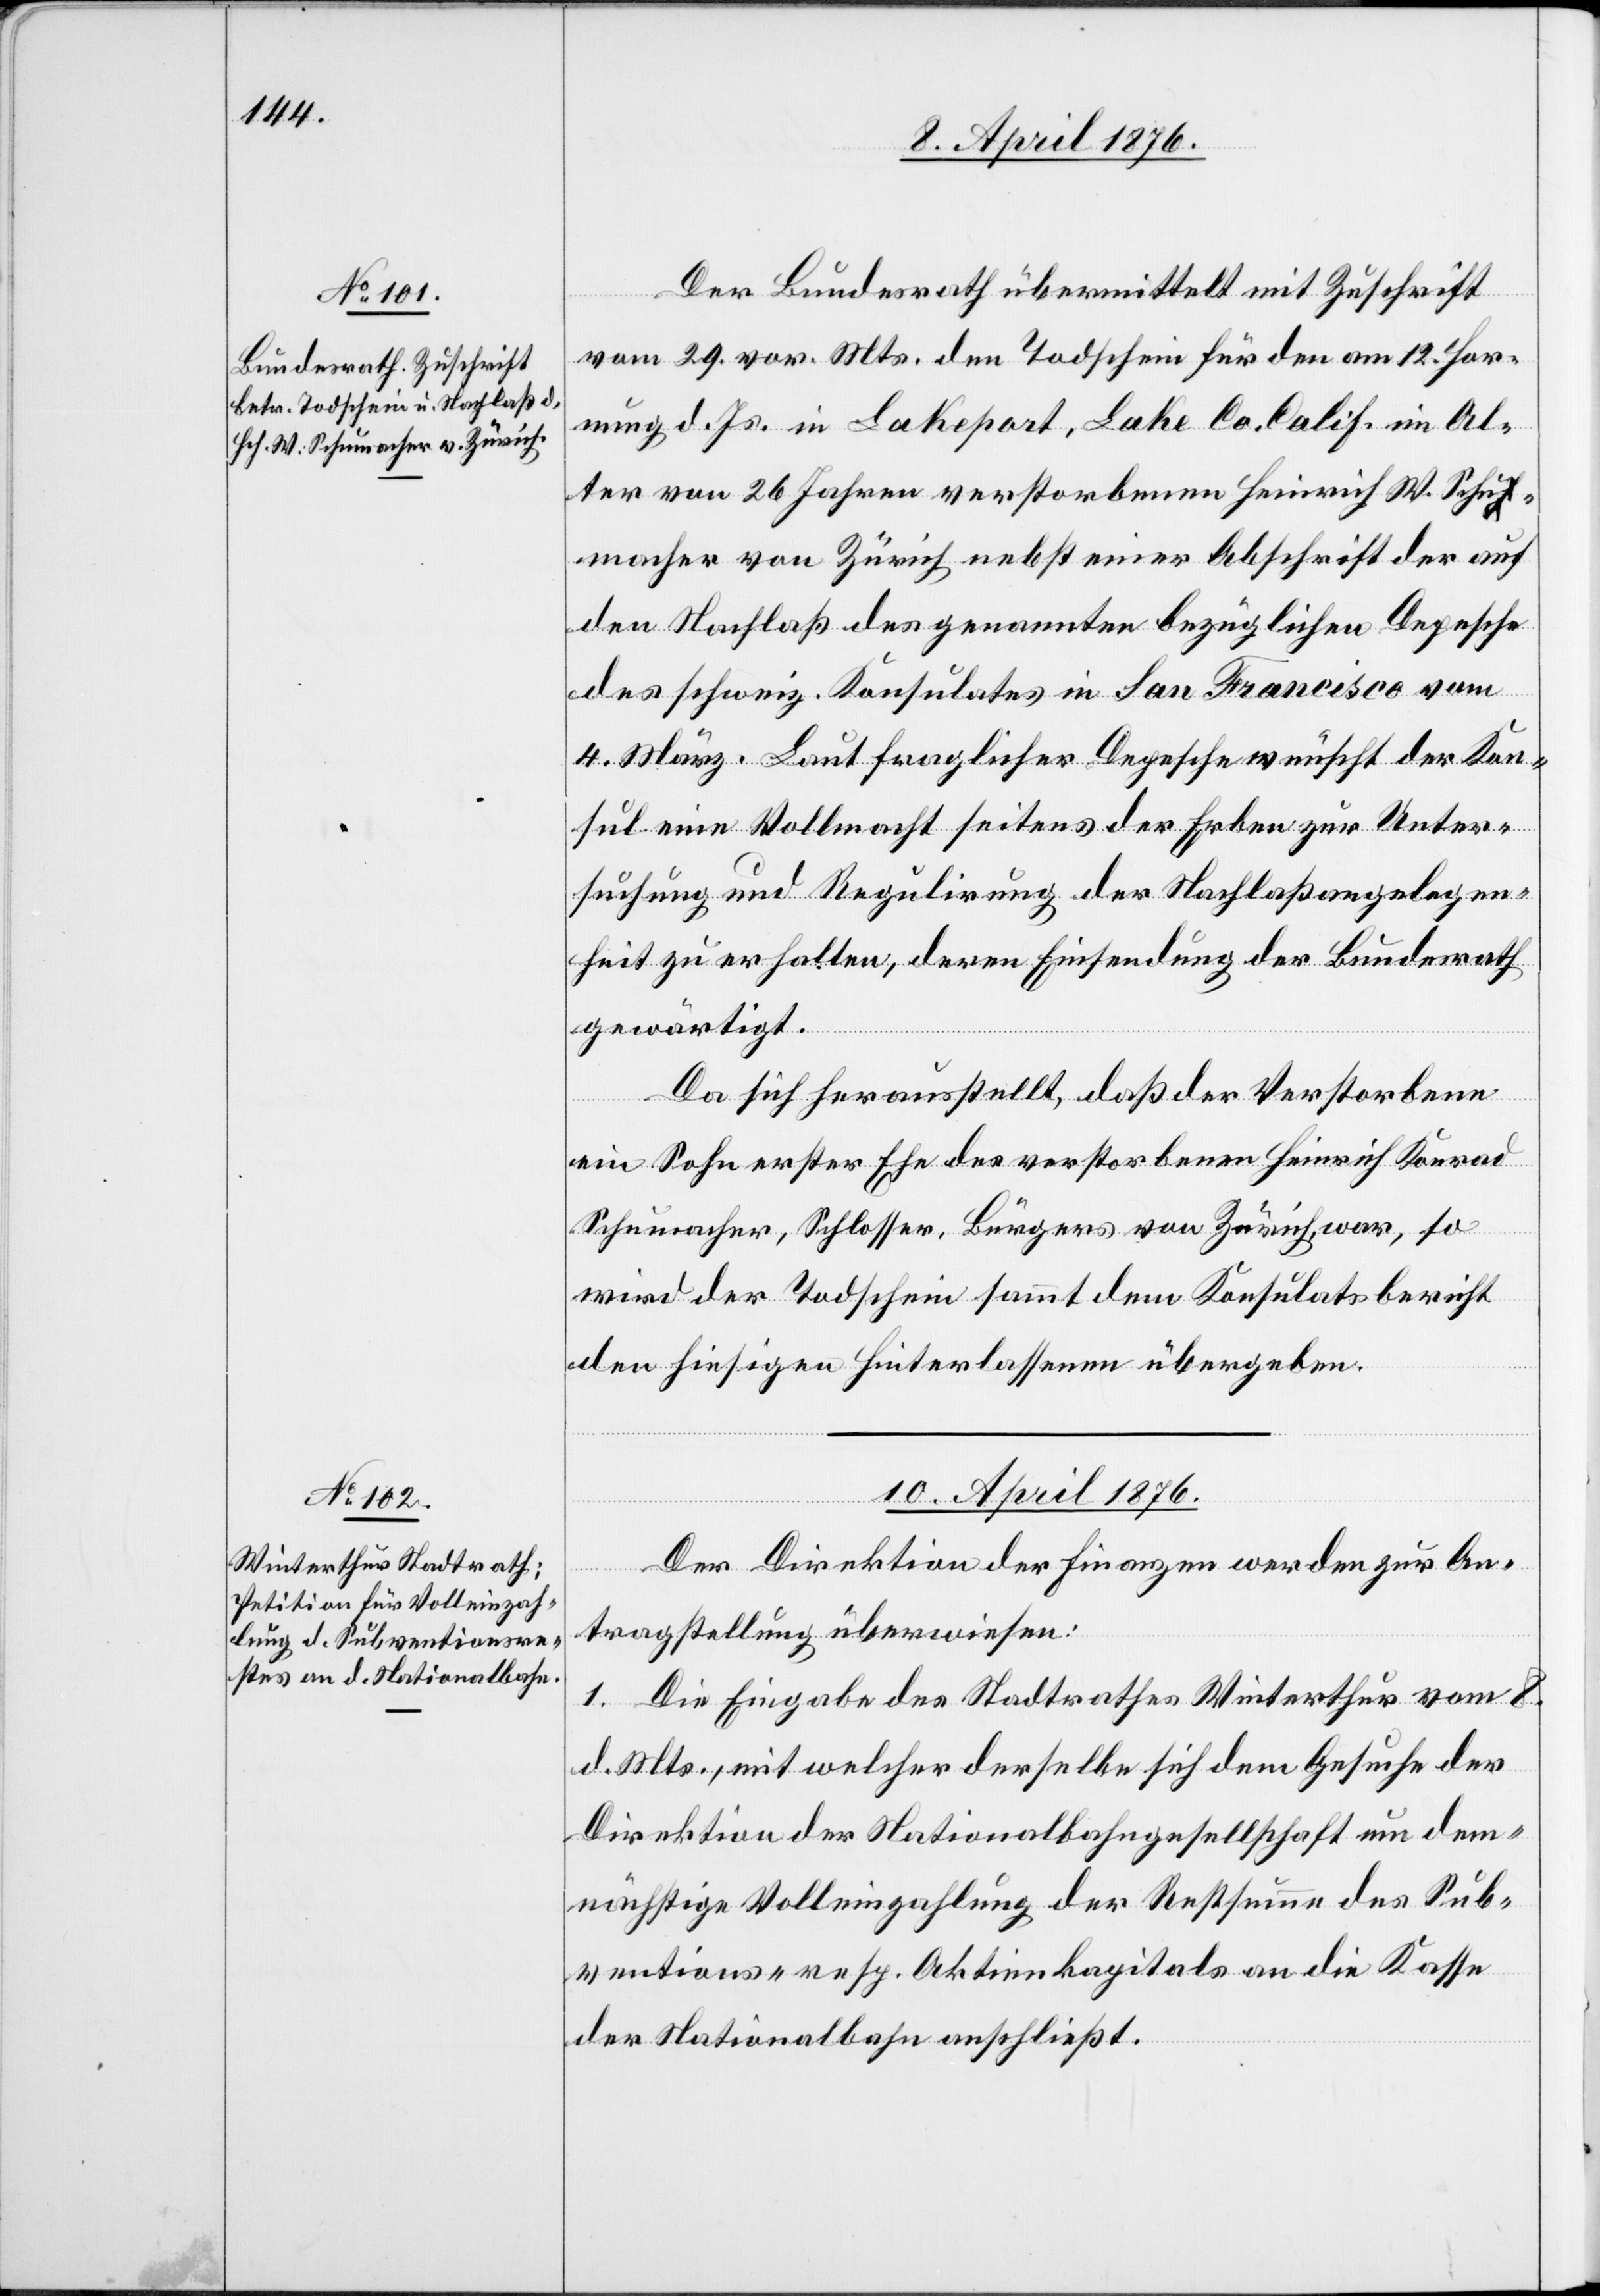
8. April 1876.]
Der Bundesrath übermittelt mit Zuschrift
vom 29. vor. Mts. den Todschein für den am 12. Hor¬
nung d. Js. in Lakeport, Lake Co. Calif. im Al¬
ter von 26 Jahren verstorbenen Heinrich W. Schu¬
macher von Zürich nebst einer Abschrift der auf
den Nachlaß des genannten bezüglichen Depesche
des schweiz. Konsulates in San Francisco vom
4. März. Laut fraglicher Depesche wünscht der Kon¬
sul eine Vollmacht seitens der Erben zur Unter¬
suchung und Regulirung der Nachlaßangelegen¬
heit zu erhalten, deren Einsendung der Bundesrath
gewärtigt.
Da sich herausstellt, daß der Verstorbene
ein Sohn erster Ehe des verstorbenen Heinrich Konrad
Schumacher, Schlosser, Bürgers von Zürich, war, so
wird der Todschein sammt dem Konsulatsbericht
den hiesigen Hinterlassenen übergeben.
erfügungen
Der Direktion der Finanzen werden zur An¬
tragstellung überwiesen:
Die Eingabe des Stadtrathes Winterthur vom 8.
1.
d. Mts., mit welcher derselbe sich dem Gesuche der
Direktion der Nationalbahngesellschaft um dem¬
nächstige Volleinzahlung der Restsumme des Sub¬
ventions- resp. Aktienkapitals an die Kasse
der Nationalbahn anschließt.